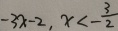
- 3 x - 2 , x < - \frac { 3 } { 2 }